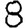
Digit: 8